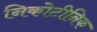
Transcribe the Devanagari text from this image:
निकोटीनिक